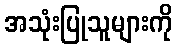
အသုံးပြုသူများကို